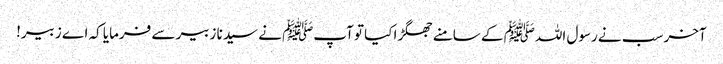
آخر سب نے رسول اللہﷺ کے سامنے جھگڑا کیا تو آپﷺ نے سیدنا زبیر سے فرمایا کہ اے زبیر!